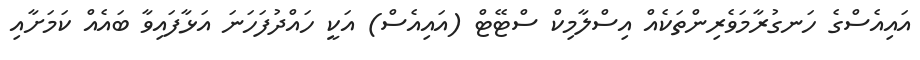
އައިއެސްގެ ހަނގުރާމަވެރިންތަކެއް އިސްލާމިކް ސްޓޭޓް (އައިއެސް) އަކީ ހައްދުފަހަނަ އަޅާފައިވާ ބައެއް ކަމަށާއި